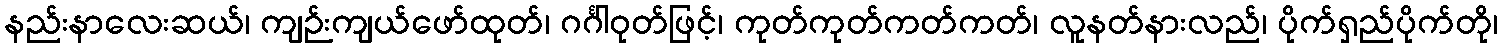
နည်းနာလေးဆယ်၊ ကျဉ်းကျယ်ဖော်ထုတ်၊ ဂင်္ဂါဝုတ်ဖြင့်၊ ကုတ်ကုတ်ကတ်ကတ်၊ လူနတ်နားလည်၊ ပိုက်ရှည်ပိုက်တို၊